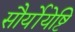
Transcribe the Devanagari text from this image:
सौर्योयेष्टि